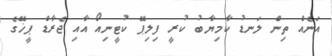
އަނެއް ތިން ލަނޑު ކާމިޔާބު ކުރީ ފިލިޕޭ ކުޓީނިއޯ އާއި ޖެރާޑް ޕީޚޭގެ